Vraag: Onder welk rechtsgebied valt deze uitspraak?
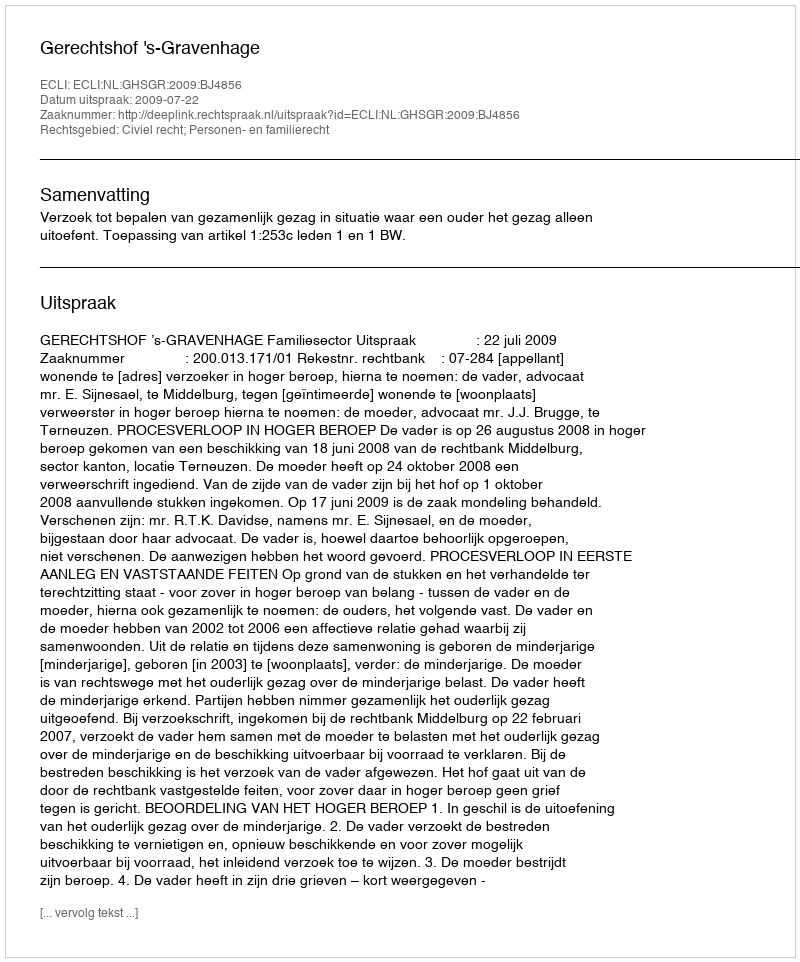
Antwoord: Civiel recht; Personen- en familierecht